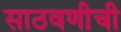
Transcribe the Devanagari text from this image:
साठवणीची